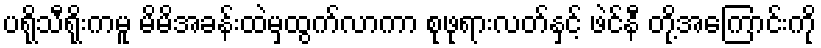
ပရိုသီရိုးကမူ မိမိအခန်းထဲမှထွက်လာကာ စုဖုရားလတ်နှင့် ဖဲင်နီ တို့အကြောင်းကို